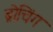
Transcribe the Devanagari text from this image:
ब्रोचिंग